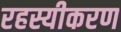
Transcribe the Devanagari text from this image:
रहस्यीकरण